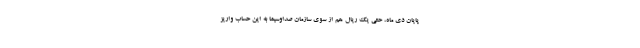
پایان دی ماه، حتی یک ریال هم از سوی سازمان صداوسیما به این حساب واریز